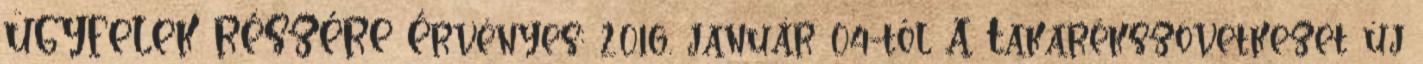
ÜGYFELEK RÉSZÉRE Érvényes: 2016. január 04-től A Takarékszövetkezet új